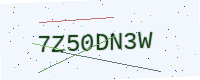
Text: 7Z50DN3W